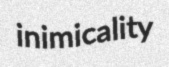
inimicality